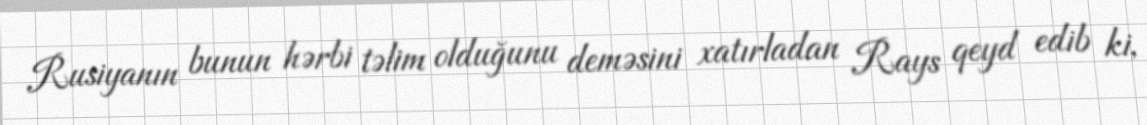
Rusiyanın bunun hərbi təlim olduğunu deməsini xatırladan Rays qeyd edib ki,